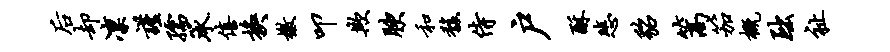
後却凛谨孺承僖换檄叩欺腴和馥侍户酥悲貂篙笳概黜祉